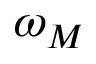
\omega _ { M }